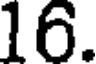
16.